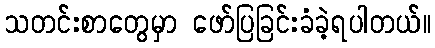
သတင်းစာတွေမှာ ဖော်ပြခြင်းခံခဲ့ရပါတယ်။